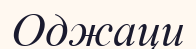
Оджаци